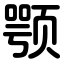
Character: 颚